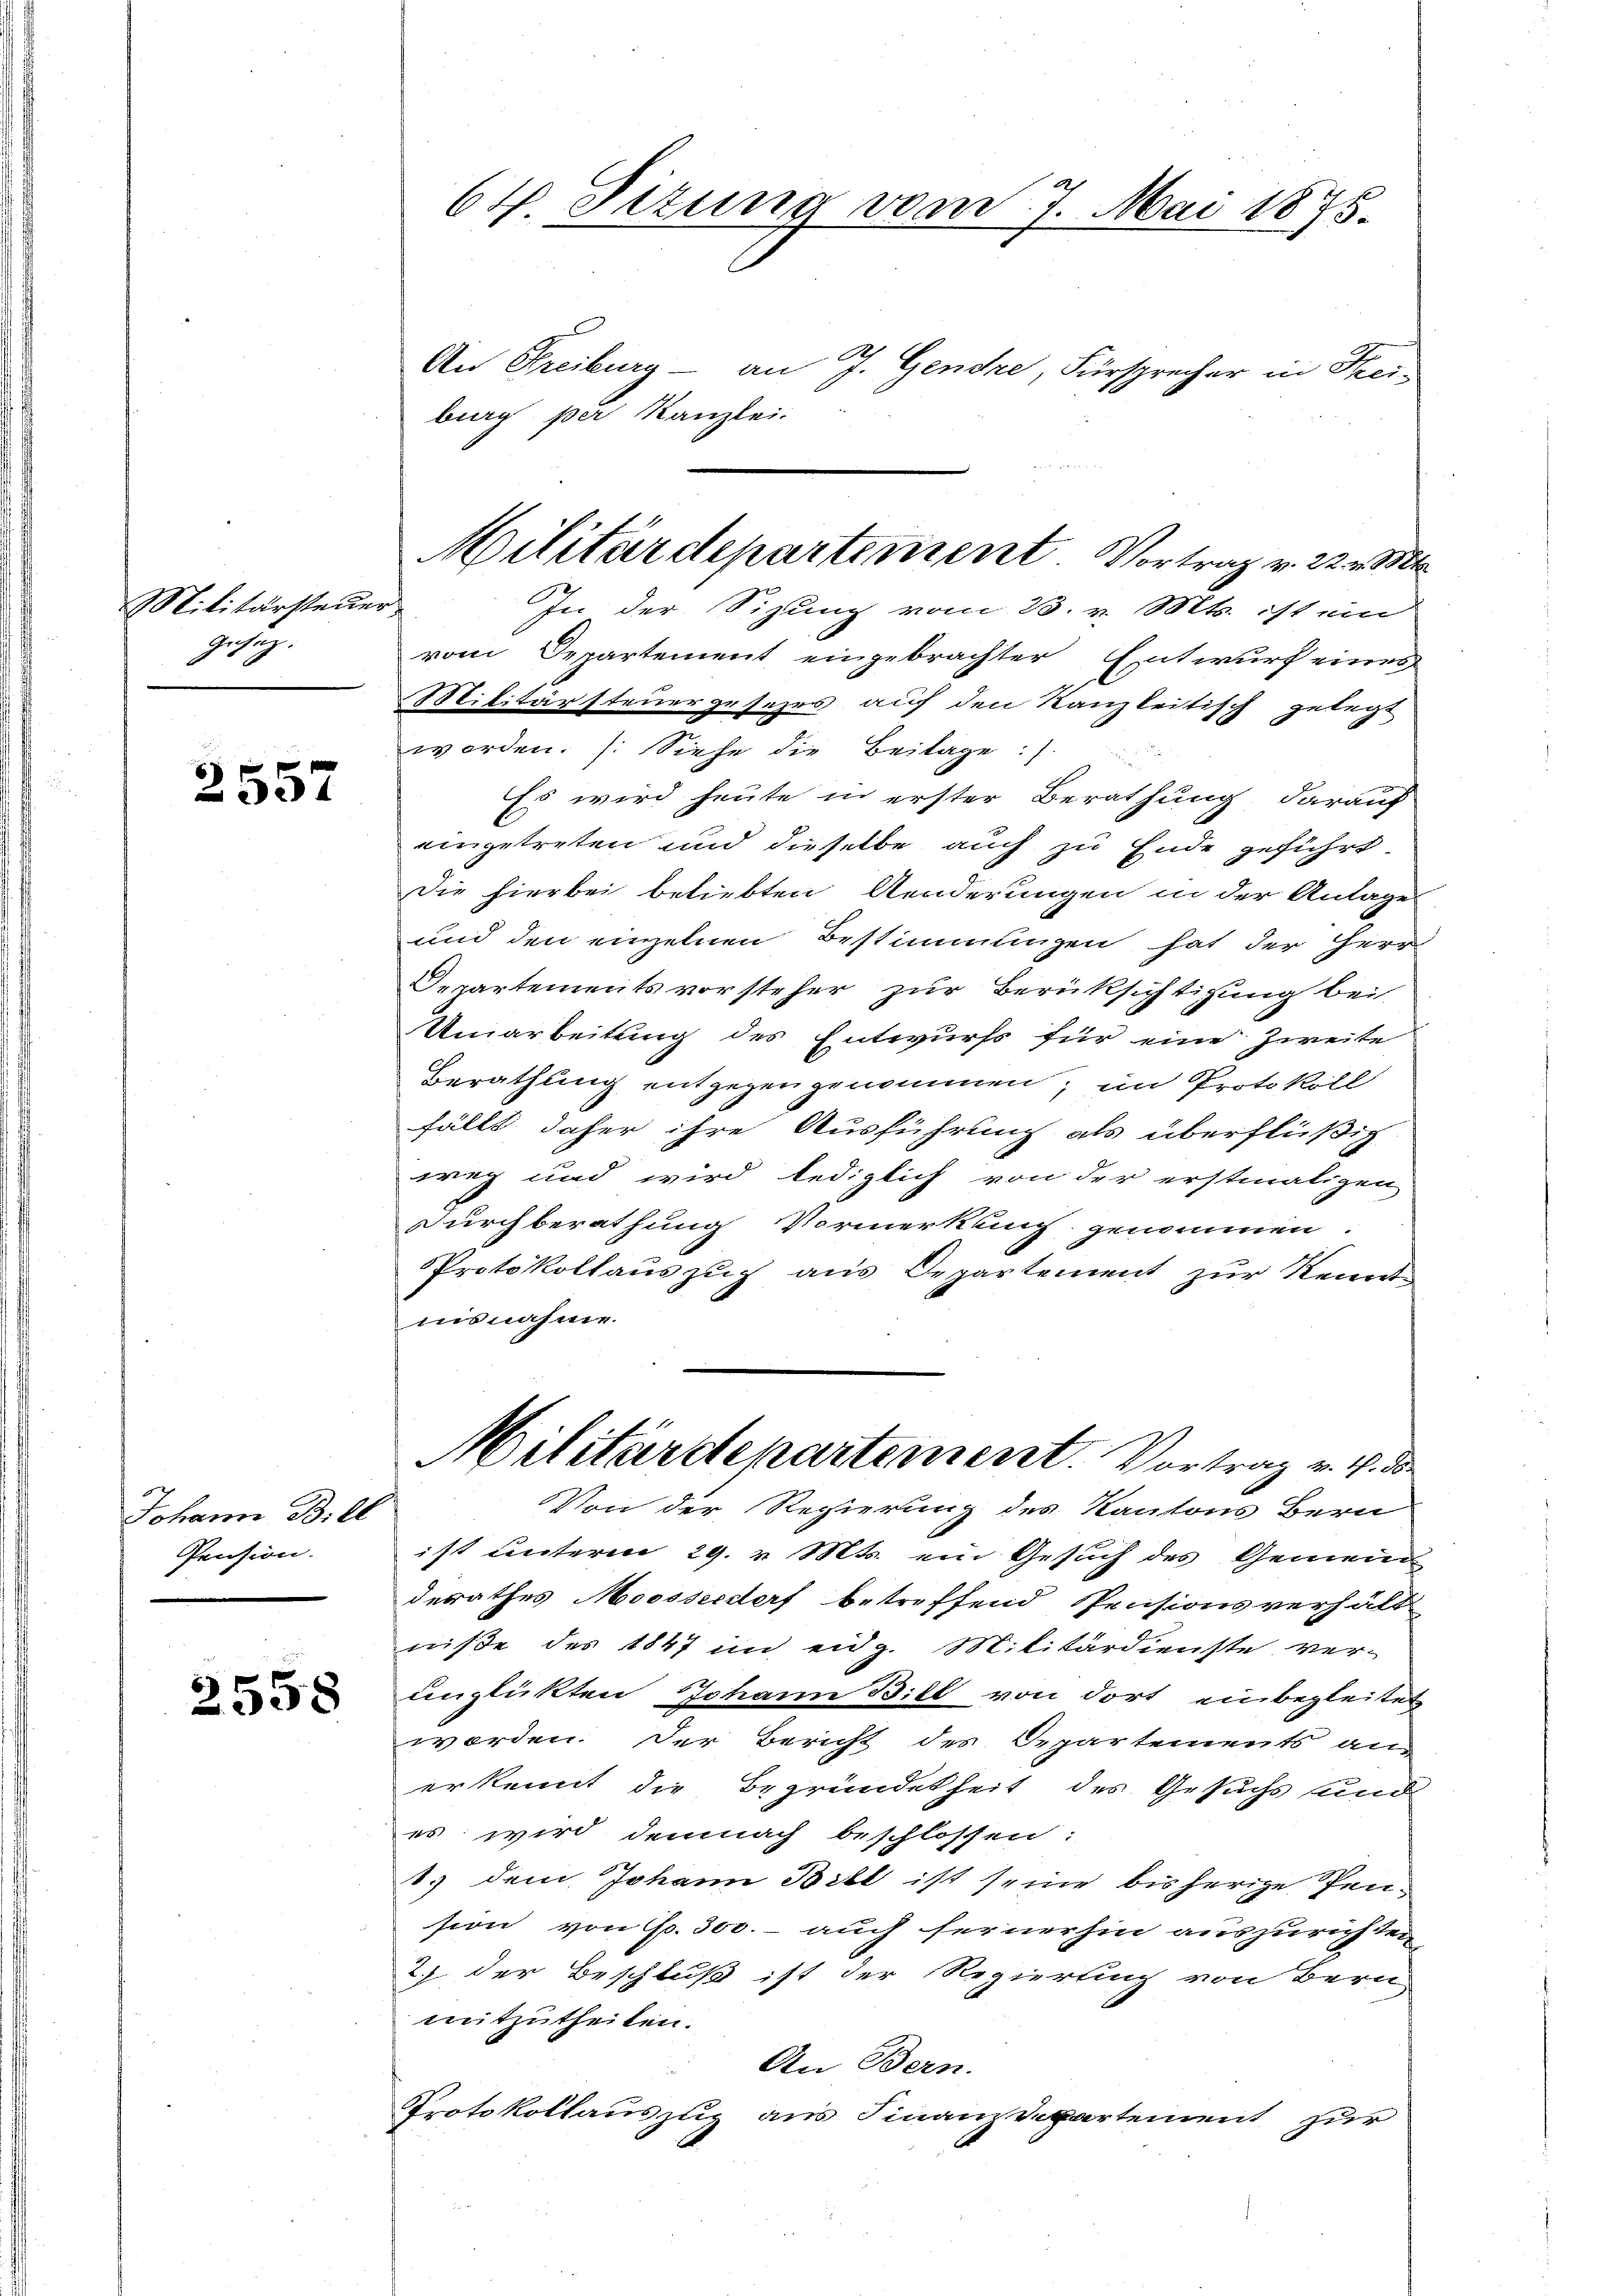
Militärsteue
gesetz.

2557

Johann Bill
Pension.

2558

64. Situng vom 7. Mai 1875.

An Freiburg - an J. Gendre, Fürsprecher in Frei-
burg per Kanzlei.
h
In der Sizung vom 23. v. Mts. ist ein
vom Departement eingebrachter Entwurf eines
Militärsteuergesehrs auf den Kanzleitisch gelegt
worden. (Siehe die Beilage).
Es wird heute in erster Berathung darauf
eingetreten und dieselbe auch zu Ende geführt
Die hierbei beliebten Aenderungen in der Anlage
und den einzelnen Bestimmungen hat der Herr
Departements vorsteher zur Berüksichtigung bei
Umarbeitung des Entwurfs für eine Zweite
Berathung entgegen genommen; im Protokoll
fällt daher ihre Ausführung als überflüßig
weg und wird lediglich von der erstmaligen
Durchberathung Vormerkung genommen.
Protokollauszug aus Departement zur Kennt-
ausnahme.
Militärdepartement. Vortrag v. 4. de
Von der Regierung des Kantons Bern
ist unterm 29. v. Mts. ein Gesuch des Gemeind
derathes Moosserdorf betreffend Pensionsverhält-
niße des 1847 im eidg. Militärdienste ver-
unglükten Johann Biel von dort einbegleitet
worden. Der Bericht des Departements an-
erkennt die Begründetheit des Gesuchs und
es wird demnach beschlossen:
1.) dem Johann Bill ist seine bisherige Ten-
sion von Fr. 300.- auch fernerhin auszurichten
2) der Beschluß ist der Regierung von Bern
mitzutheilen.
An Bern.
Protokollauszug aus Finanzdepartement zur

Militärdepartement. Vortrag v. 22 v. Mt